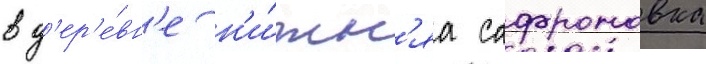
в д'ер'е́вн'е н'и́жн'яа сафроновка